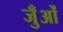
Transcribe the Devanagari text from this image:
जुँओं